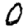
Digit: 0